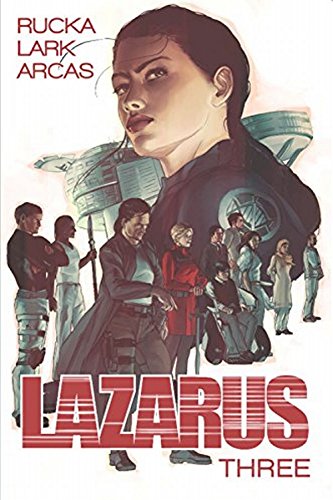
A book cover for Lazarus Volume 3: Conclave (Lazarus Tp); Greg Rucka; Science Fiction & Fantasy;